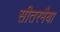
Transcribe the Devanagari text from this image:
सीतरमैया